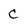
Character: C